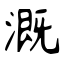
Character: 溉